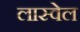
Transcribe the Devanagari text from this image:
लास्वेल